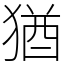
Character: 猶